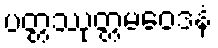
ပတ္တဿုတ္တမဝေဒနံ